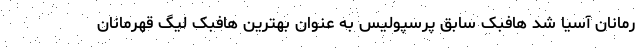
رمانان آسیا شد هافبک سابق پرسپولیس به عنوان بهترین هافبک لیگ قهرمانان